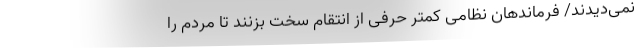
نمی‌دیدند/ فرماندهان نظامی کمتر حرفی از انتقام سخت بزنند تا مردم را